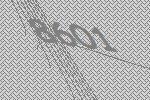
8601